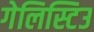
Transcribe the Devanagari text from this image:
गेलिस्टिउ